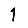
Digit: 1